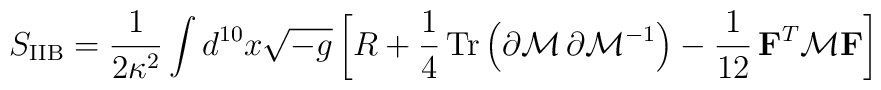
S_{\rm IIB} = \frac{1}{ 2 \kappa^2} \int d^{10} x \sqrt{-g} \left[ R + \frac{1}{4}\,{\rm Tr}\left(\partial {\cal{M}} \,\partial {\cal{M}}^{-1}\right) - \frac{1}{12} \,{\bf F}^{T} {\cal{M}} {\bf F}\right]